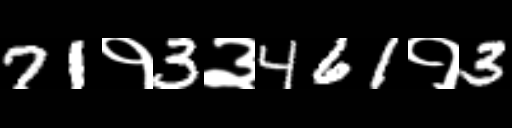
Text: 71१3३461१3